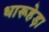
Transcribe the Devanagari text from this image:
धारूहेड़ा